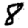
Digit: 8